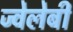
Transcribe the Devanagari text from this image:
ज्वेलेबी